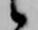
候